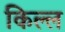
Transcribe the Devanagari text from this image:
किल्ल